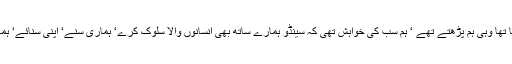
ہم سب سینڈو کے کلاس فیلو تھے‘ جو کتابیں وہ پڑھتا تھا وہی ہم پڑھتے تھے ‘ ہم سب کی خواہش تھی کہ سینڈو ہمارے ساتھ بھی انسانوں والا سلوک کرے‘ ہماری سنے‘ اپنی سنائے‘ ہمارے ساتھ کھیلا کرے‘ ہمیں حقیر سمجھنا چھوڑ دے۔